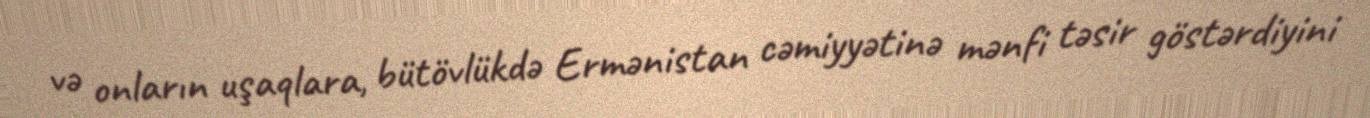
və onların uşaqlara, bütövlükdə Ermənistan cəmiyyətinə mənfi təsir göstərdiyini